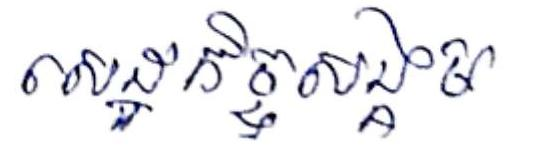
សេដ្ឋកិច្ចសង្គម